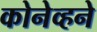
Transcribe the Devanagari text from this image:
कोनेव्हने